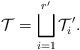
LaTeX: \begin{align*}\mathcal{T}=\bigsqcup_{i=1}^{r'}\mathcal{T}_i'.\end{align*}